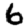
Digit: 6